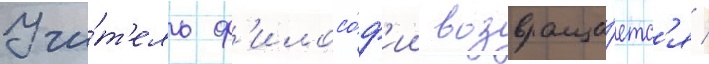
Учи́т'ель ф'илосо́ф'ии возвраща́етс'я /